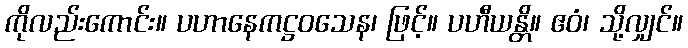
ကိုလည်းကောင်း။ ပဟာနေကဋ္ဌဝသေန၊ ဖြင့်။ ပဟီယန္တိ။ ဧဝံ၊ သို့လျှင်။